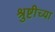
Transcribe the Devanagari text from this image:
श्रुष्टीच्या